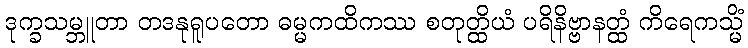
ဒုက္ခသမ္ဘူတာ တဒနုရူပတော ဓမ္မကထိကဿ စတုတ္ထိယံ ပရိနိဗ္ဗာနတ္ထံ ကိရေကသ္မိံ